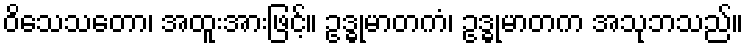
ဝိသေသတော၊ အထူးအားဖြင့်။ ဥဒ္ဓုမာတကံ၊ ဥဒ္ဓုမာတက အသုဘသည်။